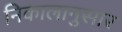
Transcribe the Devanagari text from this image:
निकालानुसार